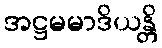
အဋ္ဌမမာဒိယန္တိ